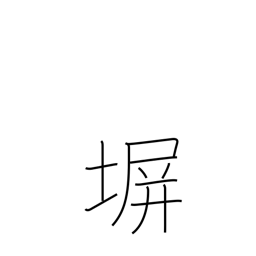
Meaning: fence